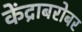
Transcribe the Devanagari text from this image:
केंद्राबरोबर